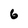
Character: 6